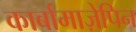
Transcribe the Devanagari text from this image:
कार्बामाज़ेपिन